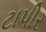
ટાપીર